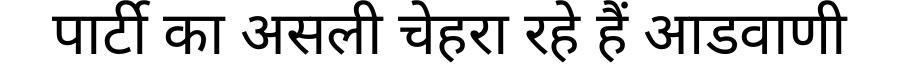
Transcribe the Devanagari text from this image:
पार्टी का असली चेहरा रहे हैं आडवाणी